King Institute of Preventive Medicine Micro-Biological Section reports 1909-11
Year: 1909
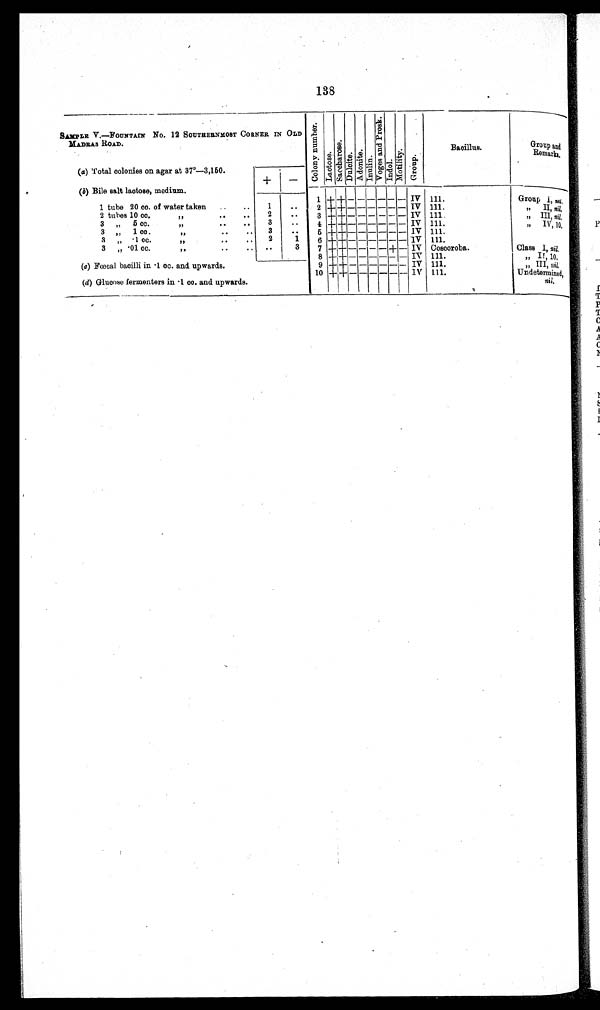
138
SAMPLE V.—FOUNTAIN No. 12 SOUTHERNMOST CORNER IN OLD
MADRAS ROAD.
C o l o n y n u mb e r
L a c r o s e S a c c h a r o s e
Dul ci t e
Adoni t e InulinV o g e s a n d P r o s k
I ndol Mo t i l i t y
Group
Bacillus.
Group and
Remar
ks
(a) Total colonies on agar at 37°—3,150.
.
+
—
(b) Bile salt lactose, medium.
1
+ + -
- - - - - IV 111.
Group I, nil ,
1 tube 20 cc. of water taken ..
..
1
. .
2
+ + -
- - - - - IV 111.
..
II, nil,
2 tubes 10 cc.
..
,
. . . .
2
. .
3 + - -
- - - + - IV 111.
..
III, nil,
3 „ 5 cc..
..
,
. . . .
3
.. .
4 + + + - - - -- - - - - IV 111.
.
..
IV, 10,
3 „ 1 cc.
,
.
..
,
..
. .
„
5
+ + - - - - - IV 111.
.
.
,
3 „ .1 cc.
„
.
..
..
2
„
6
+ -
- - - - - IV 111.
3 „ ·01 cc.
„
. . . .
. .
3
7
+ + -
- - - + - . IV Coscoroba.
Class I, nil.
-
8
+ + -
- - - - - IV 111.
„
II, 10
(a) Fœcal bacilli in·1 cc. and upwards.
9 +
+ -
- - - - - IV 111.
„
III, nil.
10
+ + - - - - - IV 111.
Undetermined,
(d) Glucose fermenters in 1 cc. and upwards.
nil,